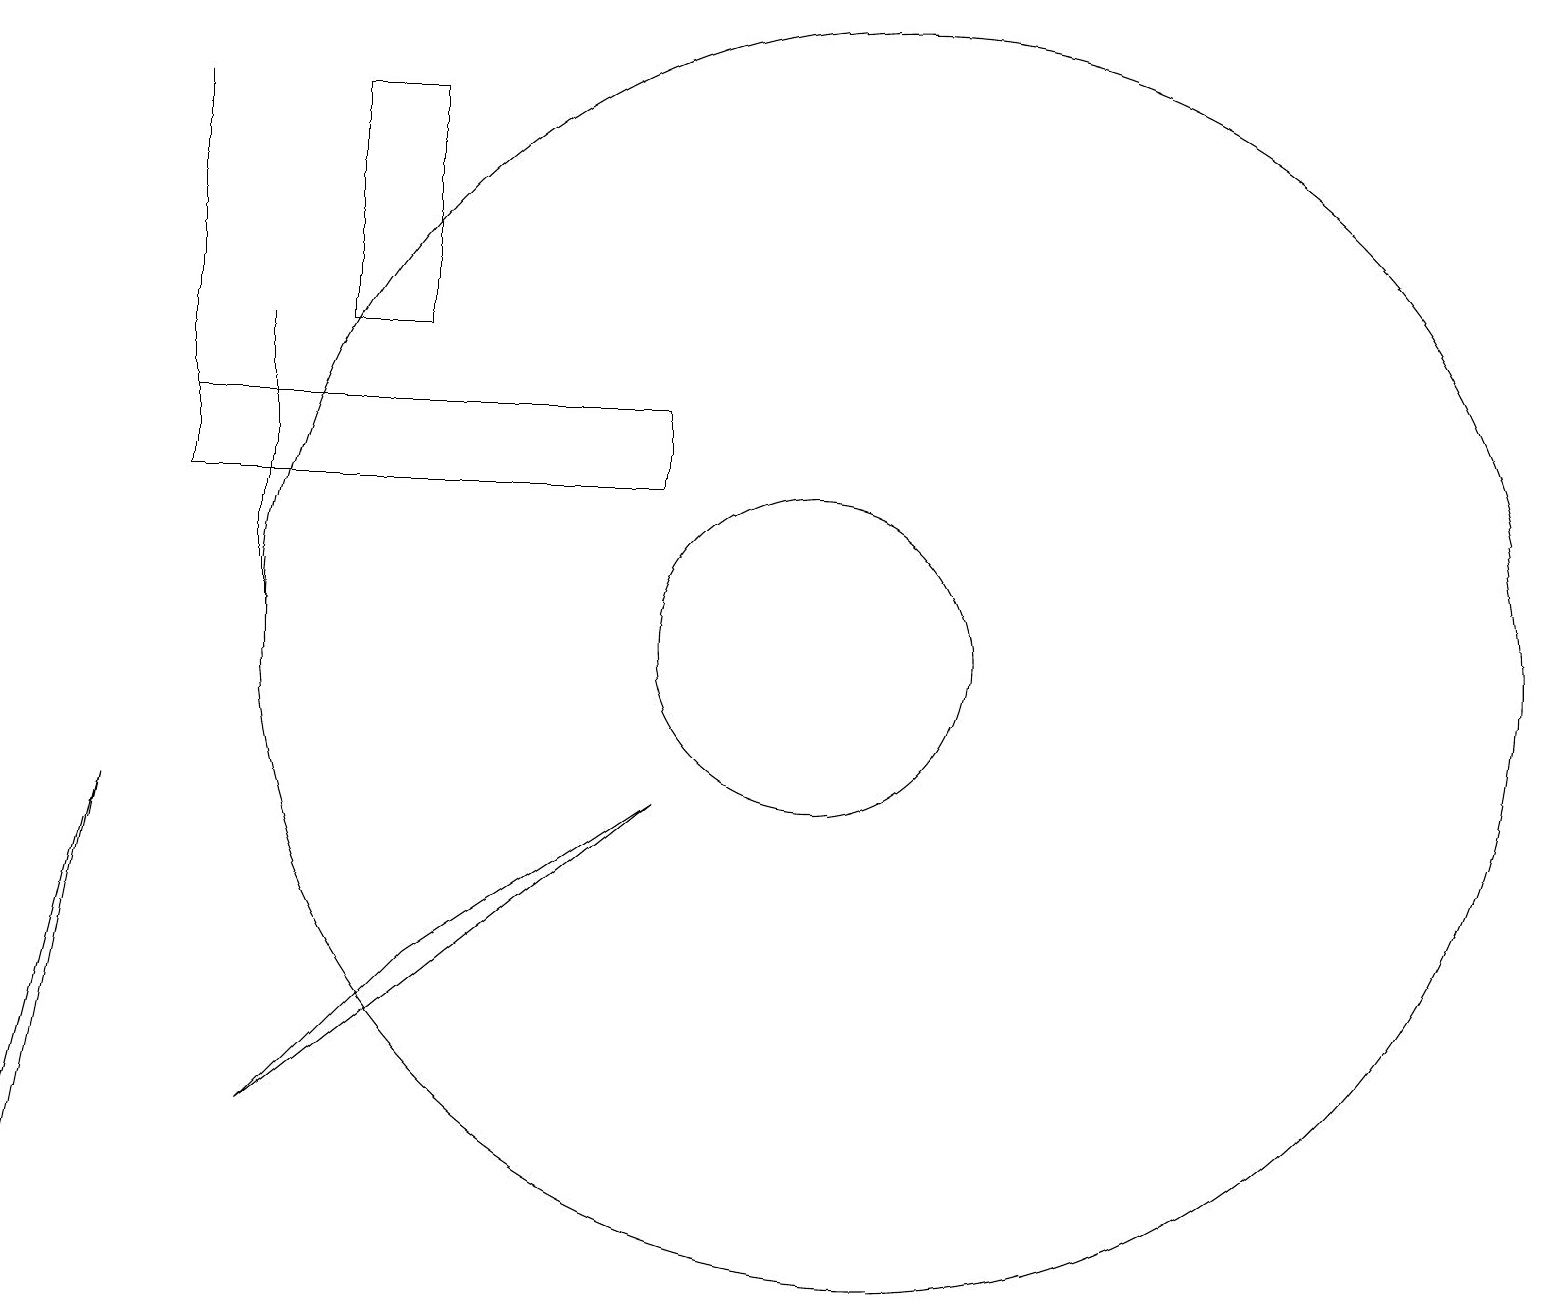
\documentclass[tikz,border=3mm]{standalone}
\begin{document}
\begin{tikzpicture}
\draw (4,15) rectangle (5,18);
\draw (8,14) rectangle (2,13);
\draw (1,9) -- (0,4) -- (0,5) -- cycle;
\draw (10,11) circle (2);
\draw (5,7) -- (8,9) -- (3,5) -- cycle;
\draw (3,15) rectangle (3,11);
\draw (11,11) circle (8);
\draw (2,18) rectangle (2,14);
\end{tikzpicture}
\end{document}